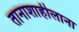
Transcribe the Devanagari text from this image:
तानाशाहीलाना